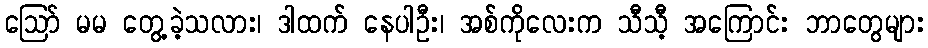
ဪ မမ တွေ့ခဲ့သလား၊ ဒါထက် နေပါဦး၊ အစ်ကိုလေးက သီသီ့ အကြောင်း ဘာတွေများ